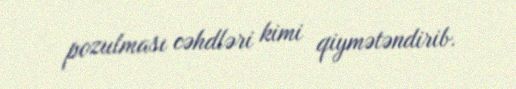
pozulması cəhdləri kimi qiymətəndirib.